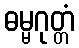
ဓမ္မဂုတ္တံ